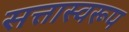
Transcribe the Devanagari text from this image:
सत्तास्वरूप